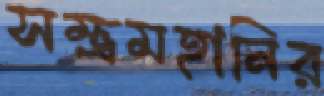
সম্ভ্রমহানির